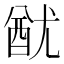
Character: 𨠫